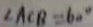
\angle A C B = 6 0 ^ { \circ }